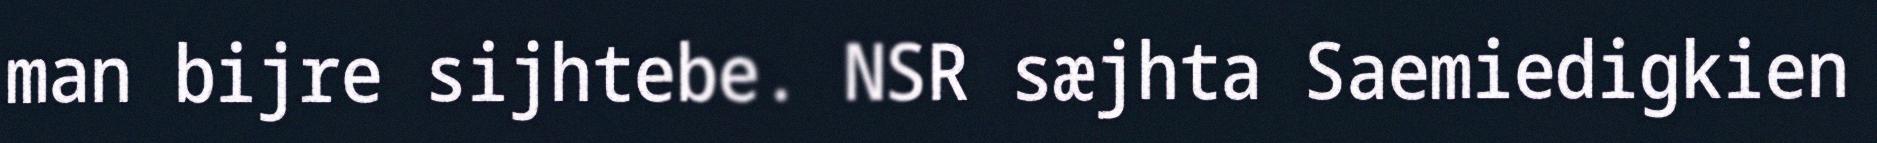
man bijre sijhtebe. NSR sæjhta Saemiedigkien